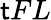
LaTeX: \mathsf{t}FL